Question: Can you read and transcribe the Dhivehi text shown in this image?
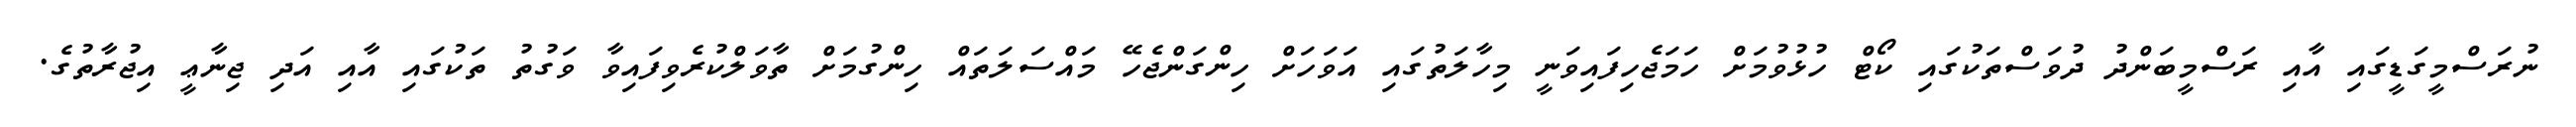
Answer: ނުރަސްމީގަޑީގައި އާއި ރަސްމީބަންދު ދުވަސްތަކުގައި ކޯޓް ހުޅުވުމަށް ހަމަޖެހިފައިވަނީ މިހާލަތުގައި އަވަހަށް ހިންގަންޖެހޭ މައްސަލަތައް ހިންގުމަށް ތާވަލްކުރެވިފައިވާ ވަގުތު ތަކުގައި އާއި އަދި ޖިނާޢީ އިޖުރާތުގެ.